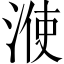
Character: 𣷱